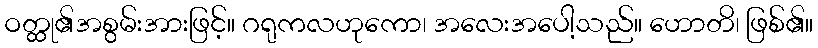
ဝတ္ထု၏အစွမ်းအားဖြင့်။ ဂရုကလဟုကော၊ အလေးအပေါ့သည်။ ဟောတိ၊ ဖြစ်၏။